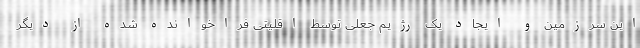
این سرزمین و ایجاد یک رژیم جعلی توسط اقلیتی فراخوانده شده از دیگر